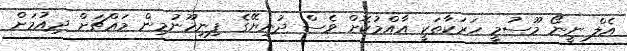
އެލް ނީނޯ މޫސުމީ ހަރަކާތަކީ އާއްމުކޮށް ވެސް ދުނިޔޭގެ ފިނިހޫނުމިން މައްޗަށް ދިއުމަށް